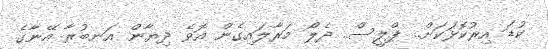
ކުޑަ އިރުކޮޅަކަށް.. ޕްލީސް.. ދެލޯ މަރާލައިގެން އޮވެ ދިޔާން އަނބުރާ އޭނާގެ